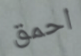
احمق